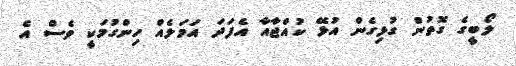
ލޯބީގެ ގޮތުން ގުޅިގެން އުޅޭ ކުއްޖާއާ އެފަދަ އަމަލެއް ހިންގުމަކީ ވެސް އެ